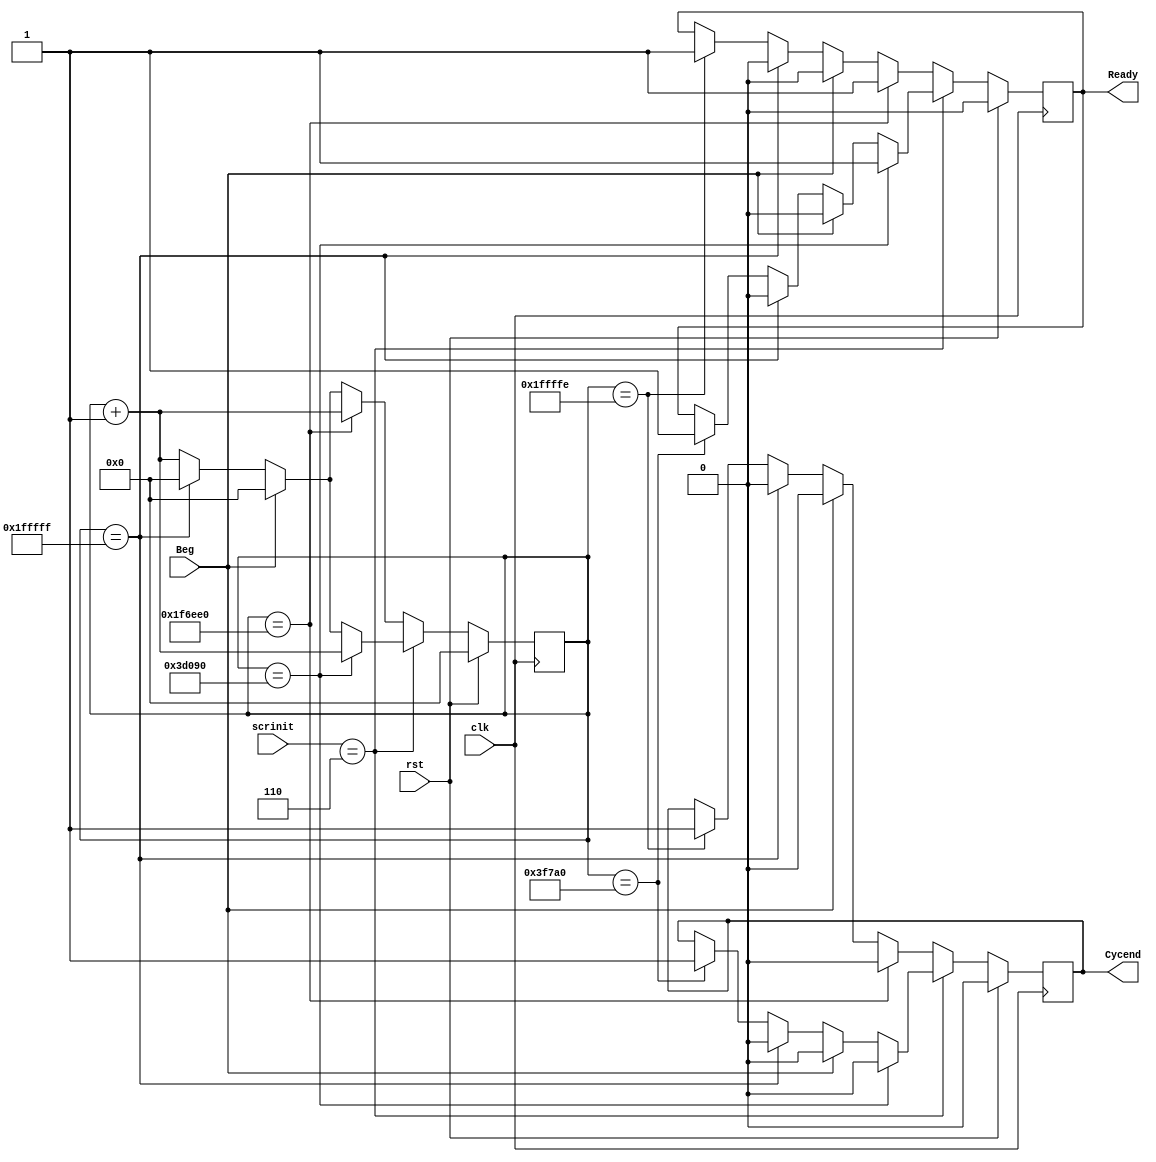
module Timer (rst, clk, Beg, Ready, Cycend, scrinit);
	input rst;
	input	clk;
	input Beg;
	input [2:0] scrinit;
	output reg Ready, Cycend;
	reg temp_ready;
	reg temp_cycend;
	reg [20:0]temp;

initial begin
	Ready=0;
	temp=21'b111111111111111111111;
end

always @(negedge clk) begin
	if(rst) begin
		temp = 0;
		temp_ready=0;
		temp_cycend=0;
	end
	else begin	
		if(scrinit == 3'b110) begin
			if(temp == 250000)begin						 
				temp_ready = 1;
				temp_cycend = 0;
				temp = temp+1;
			end
			else begin 
				if(Beg) begin
			  	temp = 0;
					temp_ready=0;
					temp_cycend = 0;
				end
			  else begin
					if(temp == 21'b111111111111111111111) begin
						temp=0;
						temp_ready=0;
						temp_cycend=0;
					end
					else begin
						if(temp == 260000) begin
							temp = temp+1;
							temp_ready=1;
							temp_cycend=1;
						end
						else
			  			temp = temp+1;
					end			
				end		
			end
		end
		else begin
			if(temp == 2060000)begin						 
				temp_ready = 1;
				temp_cycend = 0;
				temp = temp+1;
			end
			else begin 
				if(Beg) begin
			  	temp = 0;
					temp_ready=0;
					temp_cycend = 0;
				end
			  else begin
					if(temp == 21'b111111111111111111111) begin
						temp=0;
						temp_ready=0;
						temp_cycend=0;
					end
					else begin
						if(temp == 2097150) begin
							temp = temp+1;
							temp_ready=1;
							temp_cycend=1;
						end
						else
			  			temp = temp+1;
					end			
				end		
			end
		end
	end
end

always @(temp_ready or temp_cycend) begin
	Ready=temp_ready;
	Cycend=temp_cycend;
end
endmodule